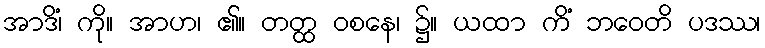
အာဒိံ၊ ကို။ အာဟ၊ ၏။ တတ္ထ ဝစနေ၊ ၌။ ယထာ ကိံ ဘဝေတိ ပဒဿ၊